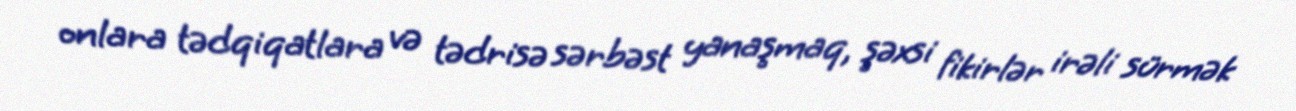
onlara tədqiqatlara və tədrisə sərbəst yanaşmaq, şəxsi fikirlər irəli sürmək